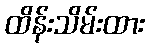
ထိန်းသိမ်းထား